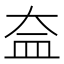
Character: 𥁋